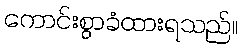
ကောင်းစွာခံထားရသည်။